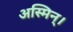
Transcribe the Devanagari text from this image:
अस्मिन्।